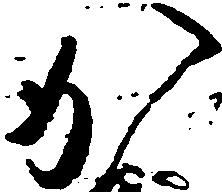
か